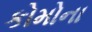
કોમોના